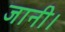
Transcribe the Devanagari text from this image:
जानी।